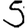
Digit: 5